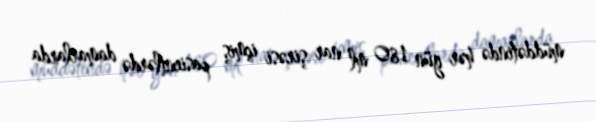
müddətində hər gün 180 ml nar şirəsi içmiş pasientlərdə damarlarda